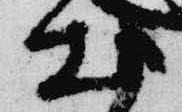
出